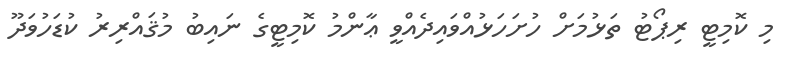
މި ކޮމިޓީ ރިޕޯޓު ތަޅުމަށް ހުށަހަޅުއްވައިދެއްވީ ޢާންމު ކޮމިޓީގެ ނައިބު މުޤައްރިރު ކުޑަހުވަދޫ